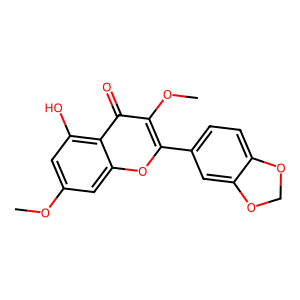
SMILES: COc1cc(O)c2c(=O)c(OC)c(-c3ccc4c(c3)OCO4)oc2c1
Inhibits HIV replication: No